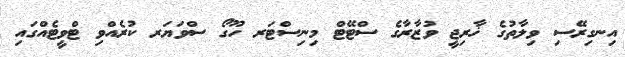
އިނގިރޭސި ވިލާތުގެ ޚާރިޖީ ވުޒާރާގެ ސްޓޭޓް މިނިސްޓަރ ހޫގޯ ސްވަޔަރ ކުރެއްވި ޓްވީޓެއްގައި